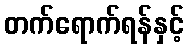
တက်ရောက်ရန်နှင့်